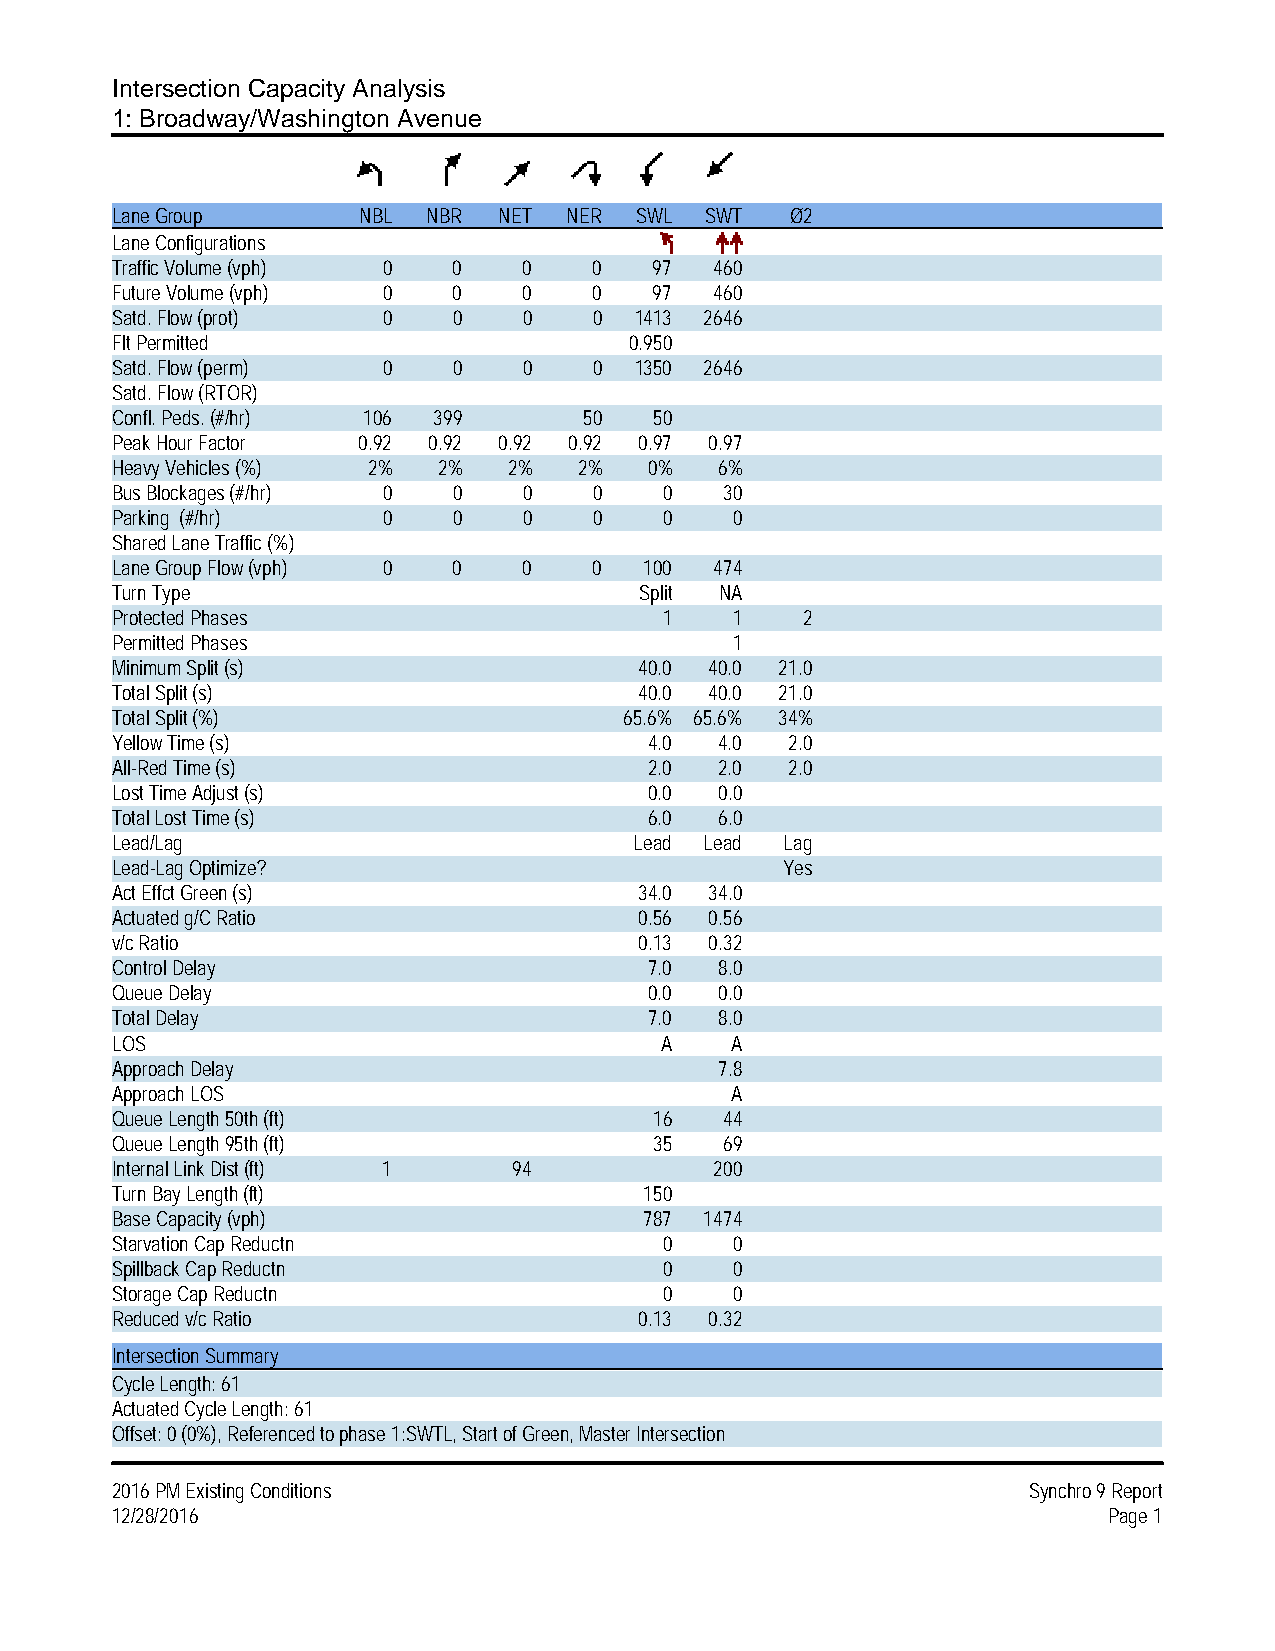
Intersection Capacity Analysis
 1: Broadway/Washington Avenue
 Lane Group       NBL NBR  NET NER  SWL  SWT  Ø2
 Lane Configurations
 Traffic Volume (vph) 0 0    0   0   97  460
 Future Volume (vph) 0  0    0   0   97  460
 Satd. Flow (prot) 0    0    0   0  1413 2646
 Flt Permitted                      0.950
 Satd. Flow (perm) 0    0    0   0  1350 2646
 Satd. Flow (RTOR)
 Confl. Peds. (#/hr) 106 399     50  50
 Peak Hour Factor 0.92 0.92 0.92 0.92 0.97 0.97
 Heavy Vehicles (%) 2% 2%   2%  2%   0%   6%
 Bus Blockages (#/hr) 0 0    0   0    0   30
 Parking (#/hr)    0    0    0   0    0    0
 Shared Lane Traffic (%)
 Lane Group Flow (vph) 0 0   0   0   100 474
 Turn Type                          Split NA
 Protected Phases                     1    1   2
 Permitted Phases                          1
 Minimum Split (s)                  40.0 40.0 21.0
 Total Split (s)                    40.0 40.0 21.0
 Total Split (%)                   65.6% 65.6% 34%
 Yellow Time (s)                     4.0  4.0 2.0
 All-Red Time (s)                    2.0  2.0 2.0
 Lost Time Adjust (s)                0.0  0.0
 Total Lost Time (s)                 6.0  6.0
 Lead/Lag                           Lead Lead Lag
 Lead-Lag Optimize?                           Yes
 Act Effct Green (s)                34.0 34.0
 Actuated g/C Ratio                 0.56 0.56
 v/c Ratio                          0.13 0.32
 Control Delay                       7.0  8.0
 Queue Delay                         0.0  0.0
 Total Delay                         7.0  8.0
 LOS                                  A   A
 Approach Delay                           7.8
 Approach LOS                             A
 Queue Length 50th (ft)              16   44
 Queue Length 95th (ft)              35   69
 Internal Link Dist (ft) 1  94           200
 Turn Bay Length (ft)                150
 Base Capacity (vph)                 787 1474
 Starvation Cap Reductn               0    0
 Spillback Cap Reductn                0    0
 Storage Cap Reductn                  0    0
 Reduced v/c Ratio                  0.13 0.32
 Intersection Summary
 Cycle Length: 61
 Actuated Cycle Length: 61
 Offset: 0 (0%), Referenced to phase 1:SWTL, Start of Green, Master Intersection
 2016 PM Existing Conditions                                  Synchro 9 Report
 12/28/2016                                                        Page 1